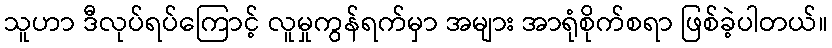
သူဟာ ဒီလုပ်ရပ်ကြောင့် လူမှုကွန်ရက်မှာ အများ အာရုံစိုက်စရာ ဖြစ်ခဲ့ပါတယ်။